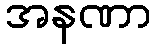
အနဏာ